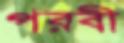
পরবী